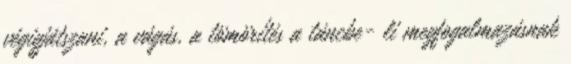
végigjátszani, a vágás, a tömörítés a táncbe- li megfogalmazásnak